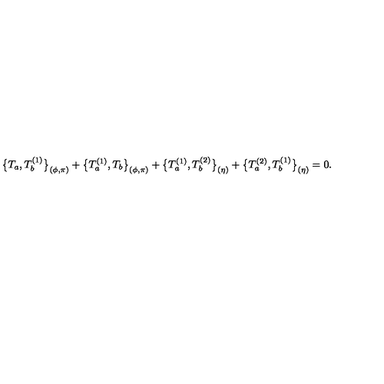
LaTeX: \bigl \{ T _ { a } , T _ { b } ^ { ( 1 ) } \bigr \} _ { ( \phi , \pi ) } + \bigl \{ T _ { a } ^ { ( 1 ) } , T _ { b } \bigr \} _ { ( \phi , \pi ) } + \bigl \{ T _ { a } ^ { ( 1 ) } , T _ { b } ^ { ( 2 ) } \bigr \} _ { ( \eta ) } + \bigl \{ T _ { a } ^ { ( 2 ) } , T _ { b } ^ { ( 1 ) } \bigr \} _ { ( \eta ) } = 0 .